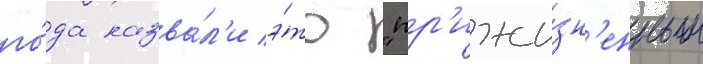
го́да назва́л'и э́то "пр'ижи́зн'енным